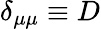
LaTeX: \delta_{\mu\mu}\equiv D